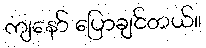
ကျနော် ပြောချင်တယ်။